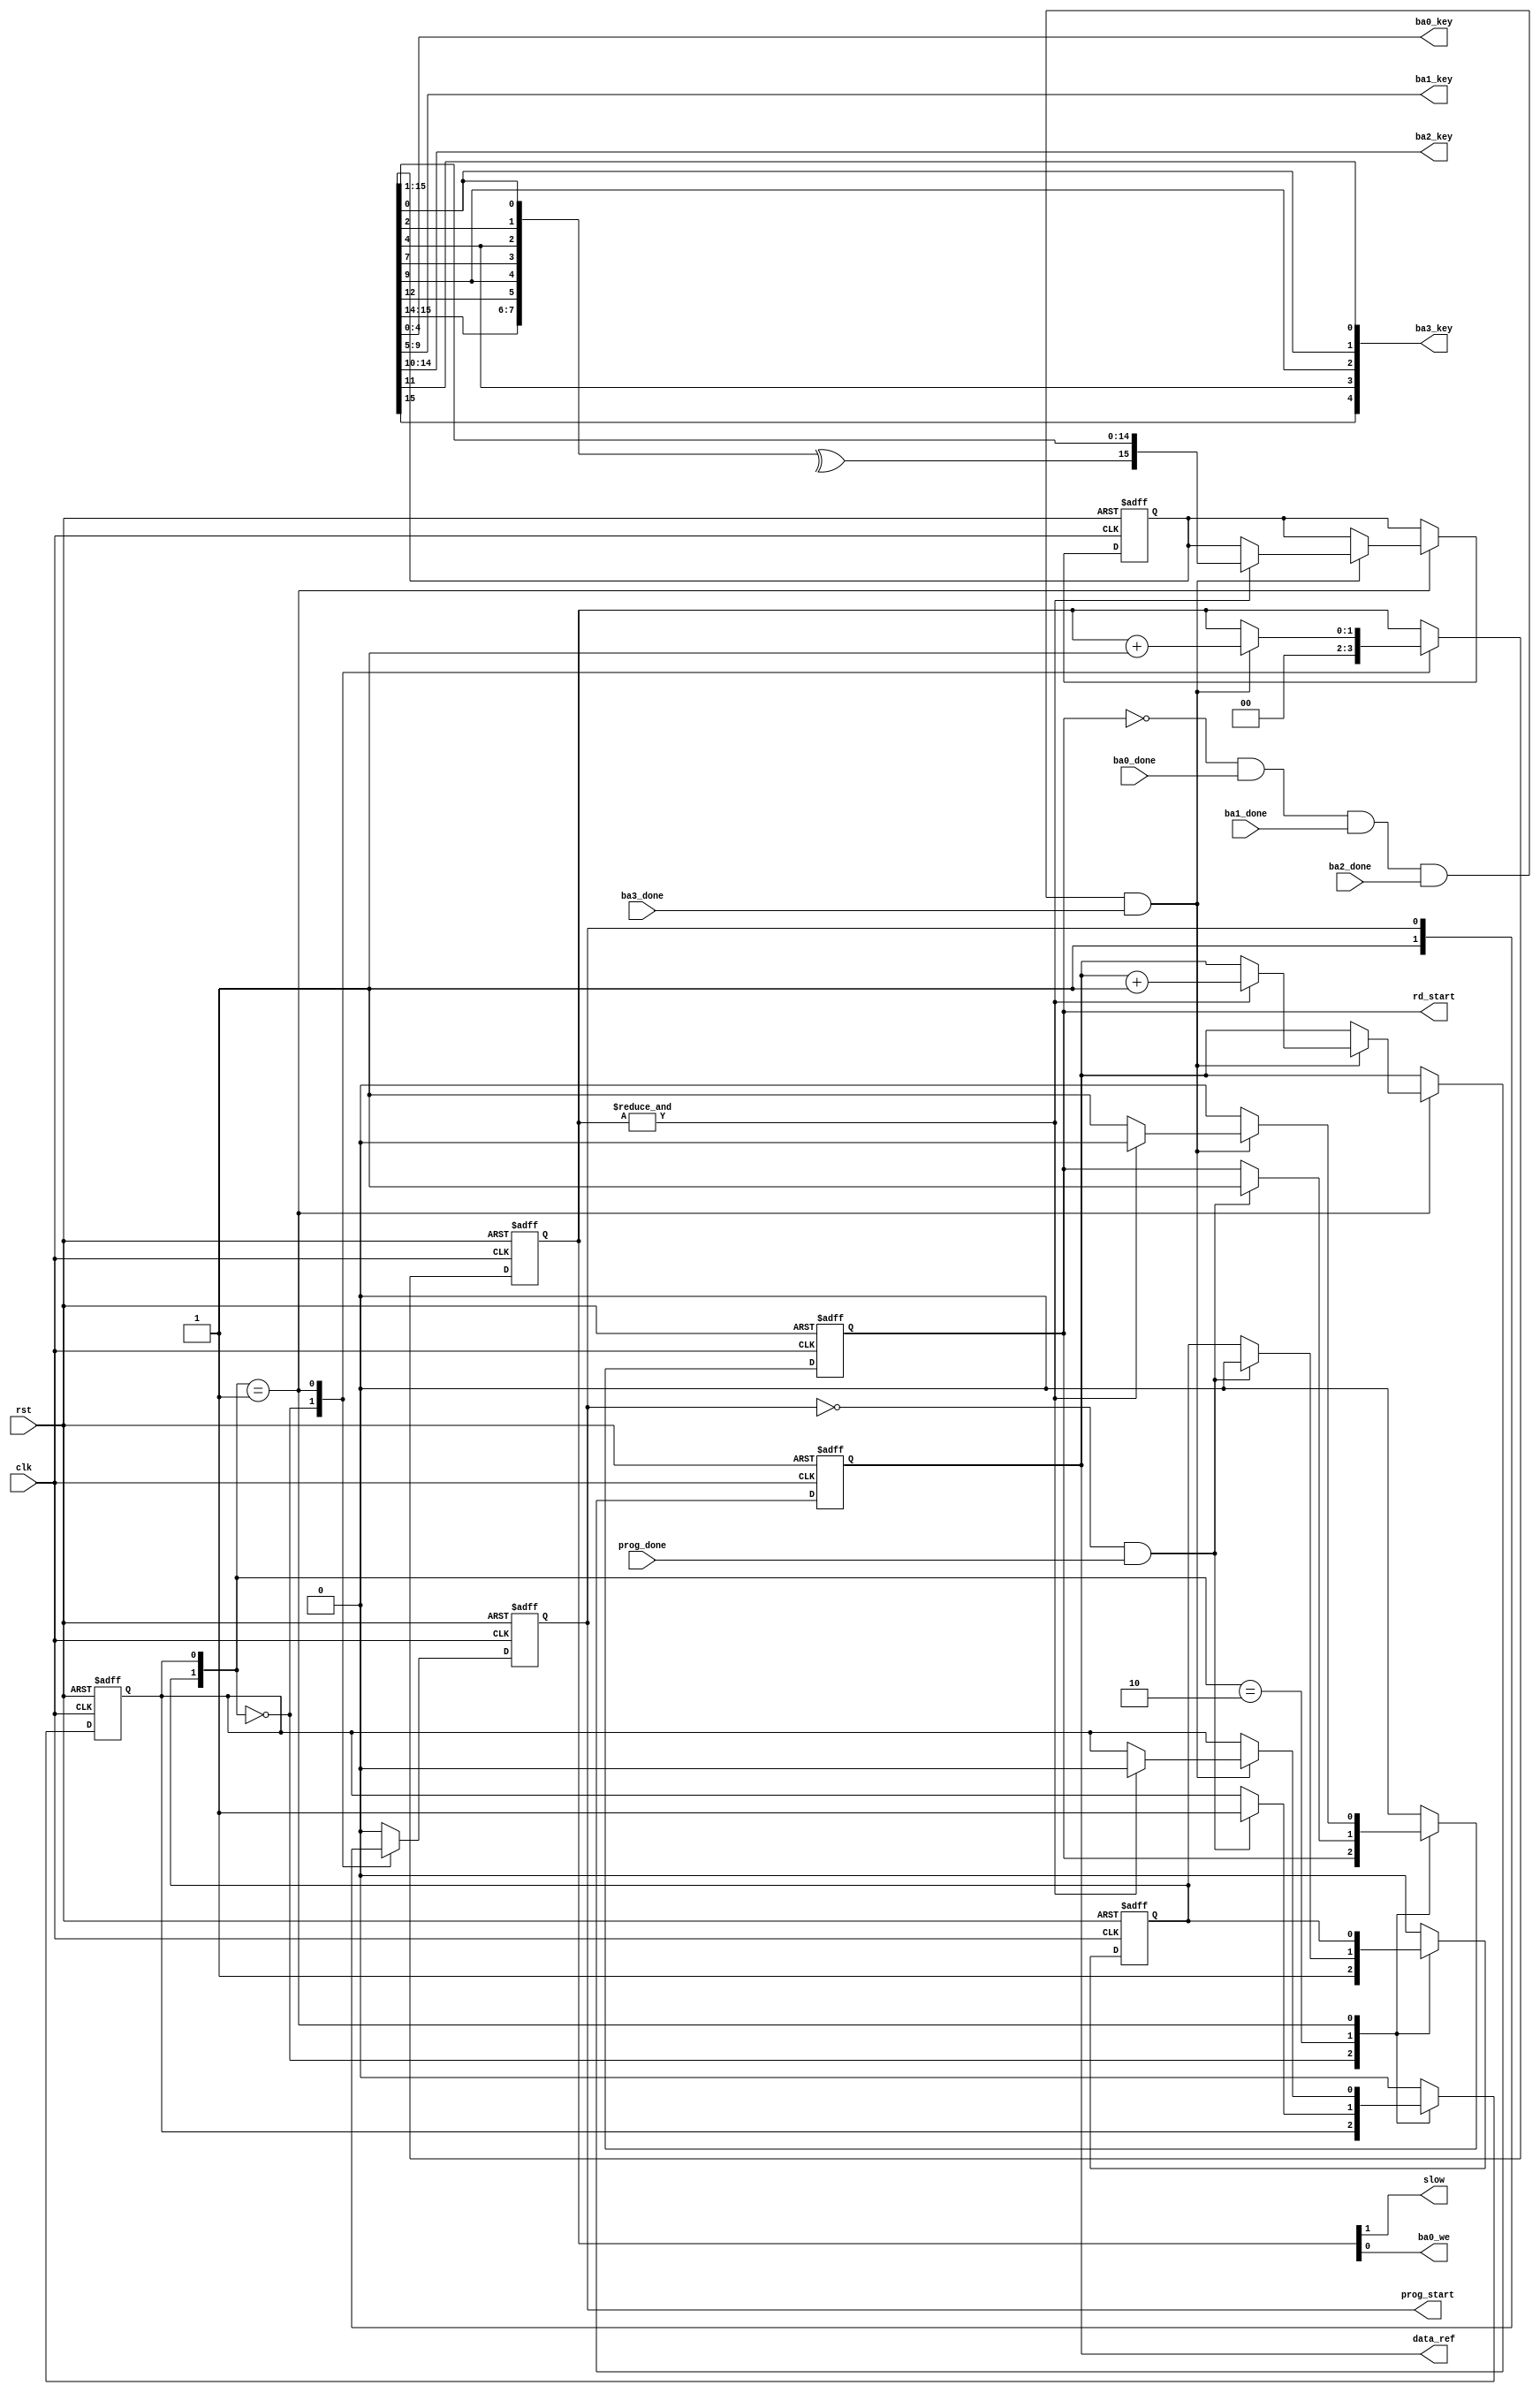
module jtsdram_seq(
    input            rst,
    input            clk,

    output     [4:0] ba0_key,
    output     [4:0] ba1_key,
    output     [4:0] ba2_key,
    output     [4:0] ba3_key,

    output reg [15:0] data_ref,

    output reg       prog_start,
    input            prog_done,

    output reg       rd_start,
    output           slow,
    output           ba0_we,
    input            ba0_done,
    input            ba1_done,
    input            ba2_done,
    input            ba3_done
);

reg        prog_wait, rd_wait;

reg [ 1:0] times;
reg [15:0] lfsr;

wire       times_done;
// D295
// 1101 0010 1001 0101
wire       lfsr_fb = ^{ lfsr[15:14], lfsr[12], lfsr[9], lfsr[7], lfsr[4], lfsr[2], lfsr[0] };

//`ifdef ONEBANK
//assign times_done = ~times[0];
//`else
assign times_done = &times;
assign slow   = times[1];
assign ba0_we = times[0];
//`endif

assign ba0_key = lfsr[ 4: 0];
assign ba1_key = lfsr[ 9: 5];
assign ba2_key = lfsr[14:10];
assign ba3_key = { lfsr[15], lfsr[4], lfsr[9], lfsr[0], lfsr[11] };

always @(posedge clk or posedge rst) begin
    if(rst) begin
        prog_start <= 0;
        rd_start   <= 0;
        prog_wait  <= 0;
        rd_wait    <= 0;
        lfsr       <= 16'haaaa;
        data_ref   <= 16'haaaa;
        times      <= 2'd0;
    end else begin
        case( {prog_wait, rd_wait} )
            2'b00: begin
                prog_start <= 1;
                prog_wait  <= 1;
                times      <= 2'd0;
                `ifdef SIMULATION
                $display("Programming starts");
                `endif
            end
            2'b10: begin
                prog_start <= 0;
                if( !prog_start && prog_done ) begin
                    prog_wait <= 0;
                    rd_start  <= 1;
                    rd_wait   <= 1;
                    `ifdef SIMULATION
                    $display("Programming done");
                    `endif
                end
            end
            2'b01: begin
                rd_start <= 0;
                if( !rd_start && ba0_done && ba1_done && ba2_done && ba3_done ) begin
                    times <= times +1'd1;
                    `ifdef SIMULATION
                    $display("Read round completed");
                    `endif
                    if( times_done ) begin
                        rd_wait <= 0;
                        // advance lfsr
                        lfsr <= { lfsr_fb, lfsr[15:1] };
                        data_ref <= data_ref+1'b1;
                    end
                    else rd_start <= 1;
                end
            end
            default: begin
                prog_wait  <= 0;
                prog_start <= 0;
                rd_wait    <= 0;
                rd_start   <= 0;
            end
        endcase
    end
end

endmodule